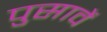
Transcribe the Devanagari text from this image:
पुसावें